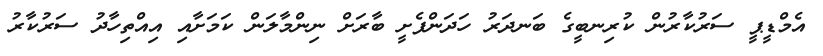
އެމްޑީޕީ ސަރުކާރުން ކުރިނބީގެ ބަނދަރު ހަދަންފެށީ ބާރަށް ނިންމާލަން ކަމަށާއި އިއްތިހާދު ސަރުކާރު